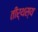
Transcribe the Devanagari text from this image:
तीर्थस्य